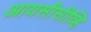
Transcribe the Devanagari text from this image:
आयसीसीव्हि